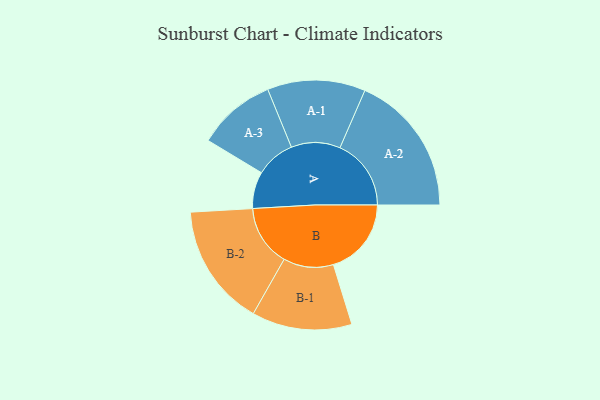
{"axis": {"x": "Segment", "y": "Value"}, "legend": ["", "A", "B"], "data": [{"x": "A", "y": 136, "type": ""}, {"x": "B", "y": 288, "type": ""}, {"x": "A-1", "y": 181, "type": "A"}, {"x": "A-2", "y": 263, "type": "A"}, {"x": "A-3", "y": 145, "type": "A"}, {"x": "B-1", "y": 185, "type": "B"}, {"x": "B-2", "y": 226, "type": "B"}]}